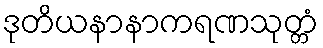
ဒုတိယနာနာကရဏသုတ္တံ